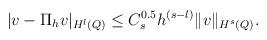
LaTeX: \begin{align*} |v - \Pi_{h}v|_{H^{l}(Q)} & \leq C_s^{0.5} h^{(s-l)} \|v \|_{H^{s}(Q)}.\end{align*}